65_HS1-834228961_62-HQ-83894_Section_10
Agency: FBI
Page 23
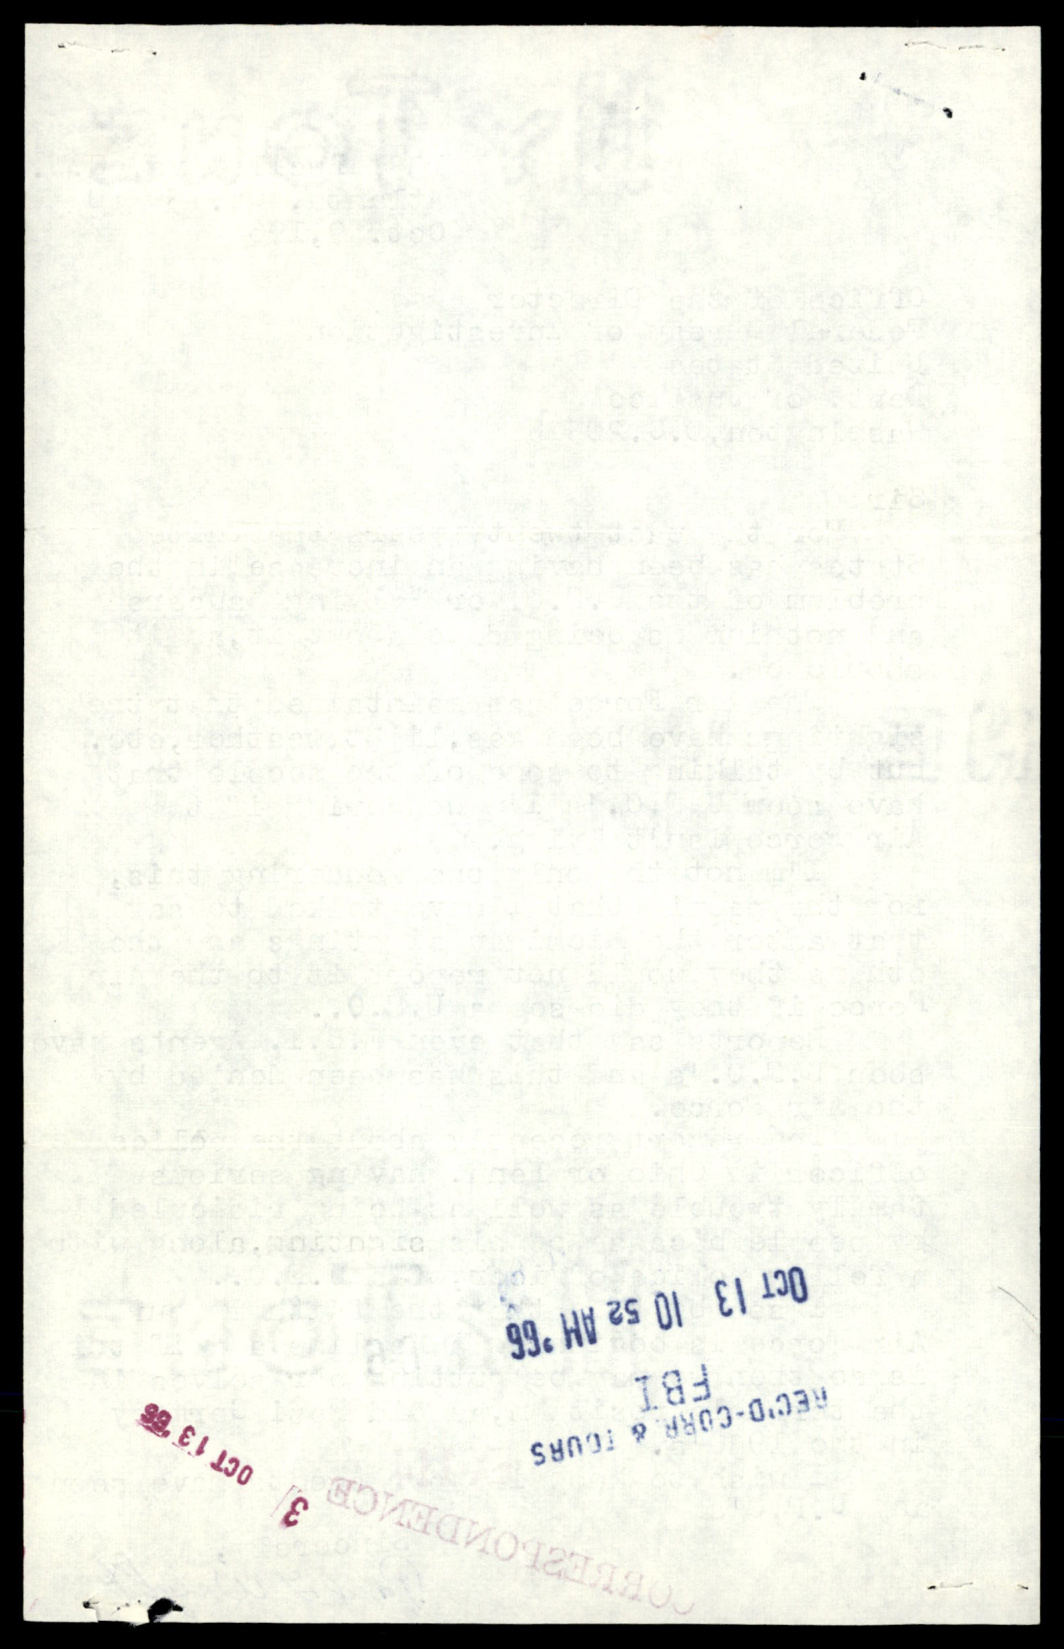